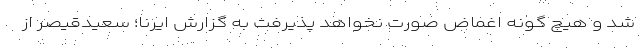
شد و هیچ گونه اغماض صورت نخواهد پذیرفت به گزارش ایرنا؛ سعیدقیصر از